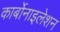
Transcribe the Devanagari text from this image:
कार्बोनाइलेशन